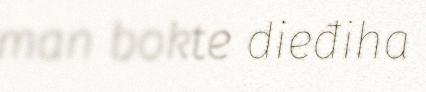
man bokte dieđiha